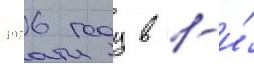
1976 году в 1-и́